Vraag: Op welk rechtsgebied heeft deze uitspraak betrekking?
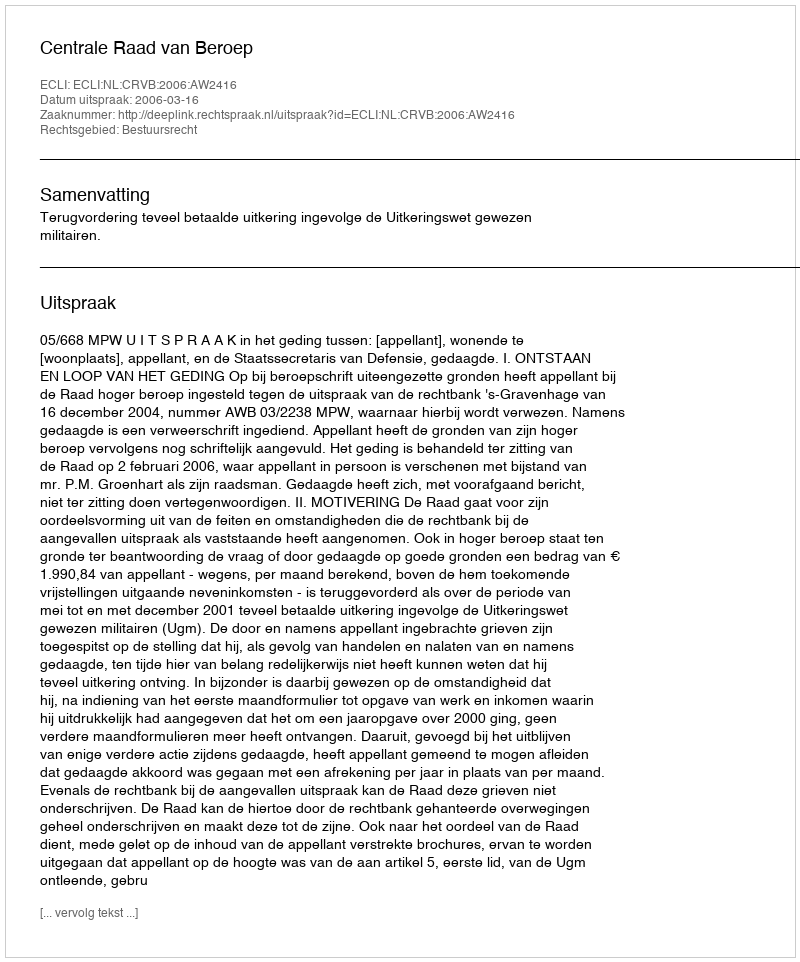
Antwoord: Bestuursrecht